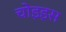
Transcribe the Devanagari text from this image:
चोइइस